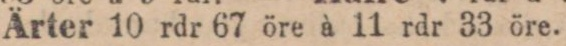
Ärter 10 rdr 67 öre à 11 rdr 33 öre.